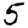
Digit: 5